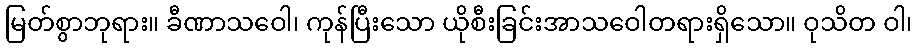
မြတ်စွာဘုရား။ ခီဏာသဝေါ၊ ကုန်ပြီးသော ယိုစီးခြင်းအာသဝေါတရားရှိသော။ ဝုသိတ ဝါ၊